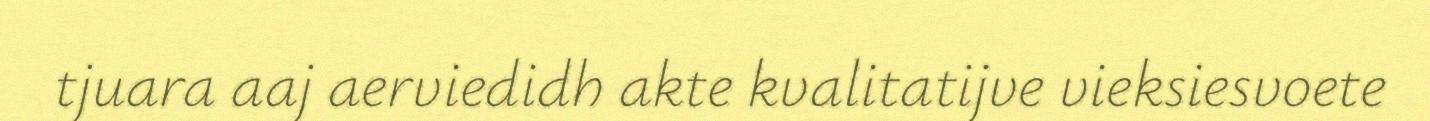
tjuara aaj aerviedidh akte kvalitatijve vieksiesvoete